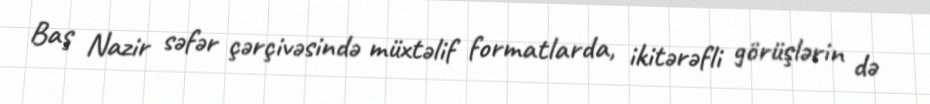
Baş Nazir səfər çərçivəsində müxtəlif formatlarda, ikitərəfli görüşlərin də